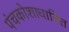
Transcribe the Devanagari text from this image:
पंचकोशाधारित